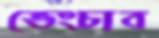
ভেংচাব